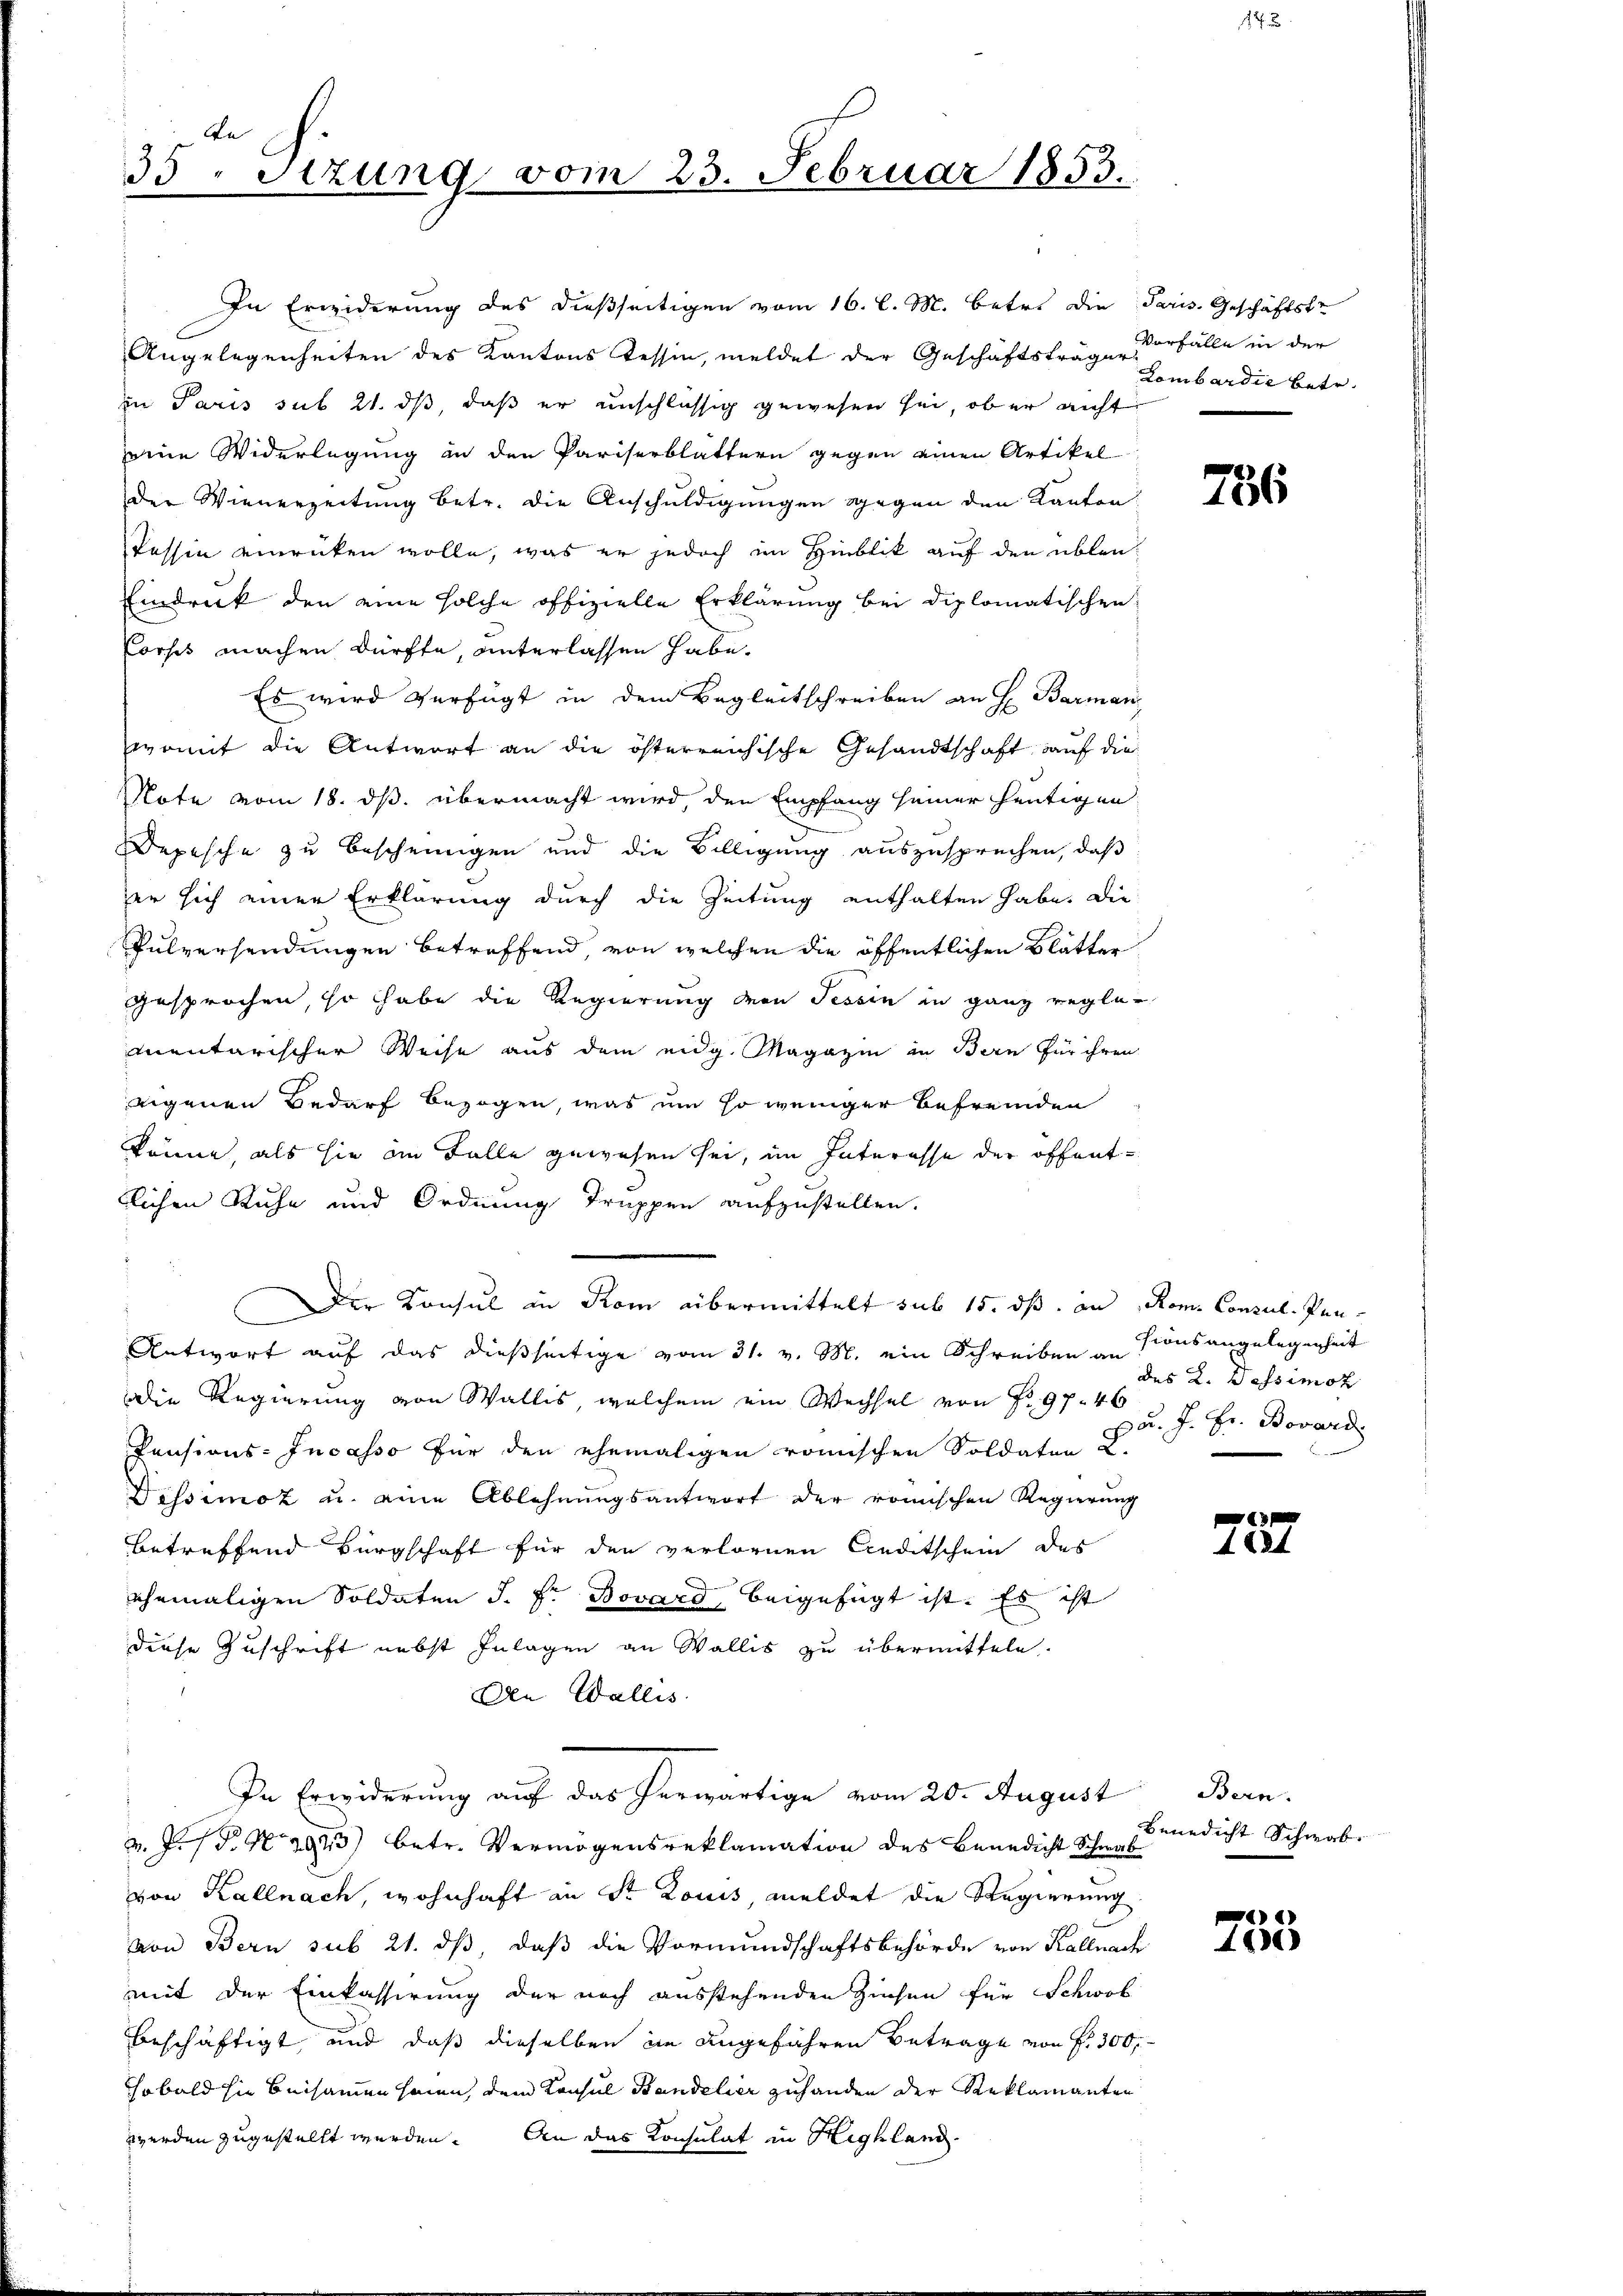
An
35. Sitzung vom 23. Februar 1853.

In Erwiderung des dießseitigen vom 16. l. M. betr. die Paris Geschäftste
Angelegenheiten des Kantons Tessin, meldet der Geschäftsträge erfälle in der
in Paris sub 21. ds, daß er unschlüssig gewesen sei, ob er nicht
eine Widerlegung in den Pariserblättern gegen einen Artikel
der Wienerzeitung betr. die Anschuldigungen gegen den Kanton
Tessin einrücken wolle, was er jedoch im Hinblik auf den üblen¬
Eindruck den eine solche offizielle Erklärung bei diplomatischen
Vorsch machen dürfte, unterlassen habe.
Es wird verfügt in dem Begleitschreiben an H. Barman
Womit die Antwort an die österreichische Gesandtschaft auf die
Note vom 18. ds. übermacht wird den Empfang seiner heutigen
Depesche zu bescheinigen und die Billigung auszusprechen, daß
er sich einer Erklärung durch die Zeitung enthalten habe. Die
Pulversendungen betreffend, von welchen die öffentlichen Blätter
gesprochen, so habe die Regierung von Tessin in ganz regler
mnentarischer Weise aus dem eidg. Magazin in Bern für ihren
eigenen Bedarf bezogen, was um so weniger Befremden
könne, als sie im Falle gewesen sei, im Interesse der öffentblichen Ruhe und Ordnung Truppen aufzustellen.
Der Konsul in Rom übermittelt sub 15. dß. an Rom. Consul. Pen¬
Antwort auf das dießseitige vom 31. v. M. ein Schreiben an
Die Regierung von Wallis, welchem ein Wechsel von P. 97. 46
Pensions-Incasso für den ehemaligen römischen Soldaten L.
Dessimoz u. eine Ablehnungsantwort der römischen Regierung
betreffend Bürgschaft für den verlornen Andetschein des
ehemaligen Soldaten J. F. Bovard, beigefügt ist. Es ist
diese Zuschrift nebst Inlagen an Wallis zu übermitteln.
Den Wallis
In Erwiderung auf das herwärtige vom 20. August Bern.
v. J. P. Nr. 3923) betr. Vermögensreklamation des Benedicht Schwab
von Kallnach, wohnhaft in St. Louis, meldet die Regierung
von Bern sub 21. ds, daß die Vormundschaftsbehörde von Kallnach
mit der Einkassirung der noch ausstehenden Zinsen für Schwes
beschäftigt, und daß dieselben in angeführen Betrage von f. 300
hobald sie beisammen seien, dem Konsul Bandelier zuhanden der Reklamanten
werden zugestellt werden. An das Konsulat in Highland-

Lombardić betr.

786

shionsangelegenheit
des L. Dessimo
u. J. Fr. Bovard

n
4824

Benedicht Schwab

)
100